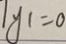
\vert y 1 = 0